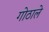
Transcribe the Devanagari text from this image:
गोठाले